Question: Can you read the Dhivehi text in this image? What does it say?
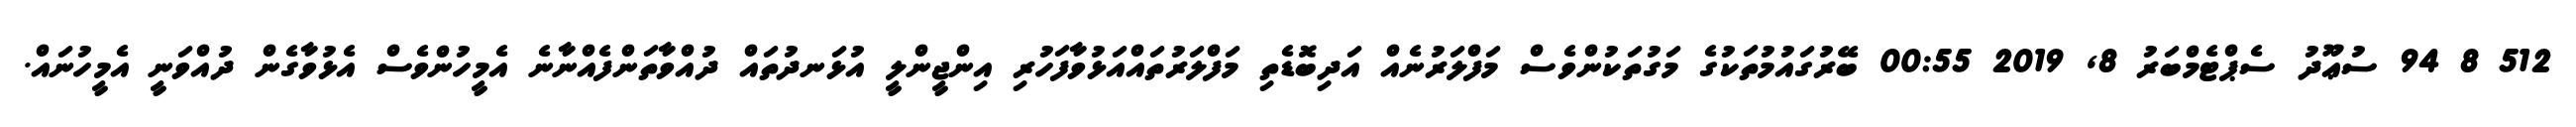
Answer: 512 8 94 ސުޢޫދު ސެޕްޓެމްބަރު 8, 2019 00:55 ބޭރުގައުމުތަކުގެ މަގުތަކުންވެސް މަފްލަރުނެއް އަދިބޮޑެތި މަފްލަރުތައްއަޅުވާފަހުރި އިންޖީންލީ އުޅަނދުތައް ދުއްވާތަންފެއްނާނެ އެމީހުންވެސް އެޅުވާގެން ދުއްވަނީ އެމީހުނައް.